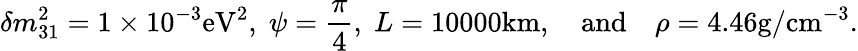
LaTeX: \delta m_{31}^{2}=1\times 10^{-3}\mathrm{eV^{2}},\; \psi=\frac{\pi}{4},\; L=10000\mathrm{km},\quad\mathrm{and}\quad\rho=4.46\mathrm{g/cm^{-3}}.